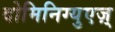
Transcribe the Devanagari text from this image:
दोमिनिग्युएज़्